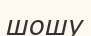
шошу